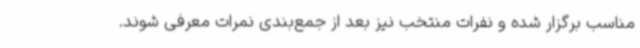
مناسب برگزار شده و نفرات منتخب نیز بعد از جمع‌بندی نمرات معرفی شوند.